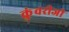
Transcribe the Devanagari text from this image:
कुंवरीजी